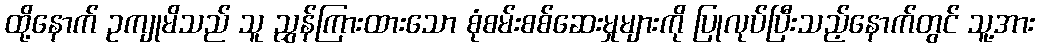
ထို့နောက် ဥကျုမိသည် သူ ညွှန်ကြားထားသော စုံစမ်းစစ်ဆေးမှုများကို ပြုလုပ်ပြီးသည့်နောက်တွင် သူ့အား